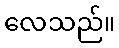
လေသည်။